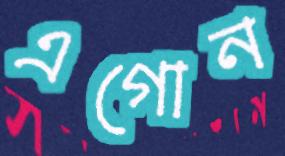
এগোন